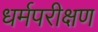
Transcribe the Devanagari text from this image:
धर्मपरीक्षण